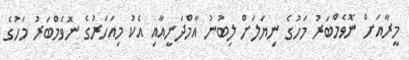
މީރާއަށް ނޮވެމްބަރު މަހުގެ ނިޔަލަށް ލިބުނު އާމްދަނީއާއި އެކު މިއަހަރުގެ ނޮވެމްބަރު މަހުގެ